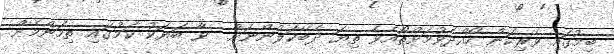
ބިމުގައި ވެރިކަން ހޯއްދެވުމަށްތޯއެވެ ތިޔަ ދެބޭކަލުންނަށް  ވާ ބަޔަކު ކަމުގައި ތިމަންމެން